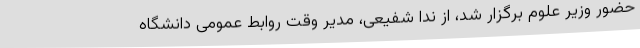
حضور وزیر علوم برگزار شد، از ندا شفیعی، مدیر وقت روابط عمومی دانشگاه